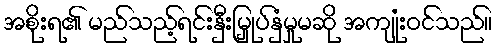
အစိုးရ၏ မည်သည့်ရင်းနှီးမြှုပ်နှံမှုမဆို အကျုံးဝင်သည်။